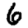
Digit: 6